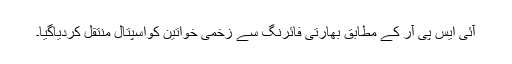
آئی ایس پی آر کے مطابق بھارتی فائرنگ سے زخمی خواتین کواسپتال منتقل کردیاگیا۔